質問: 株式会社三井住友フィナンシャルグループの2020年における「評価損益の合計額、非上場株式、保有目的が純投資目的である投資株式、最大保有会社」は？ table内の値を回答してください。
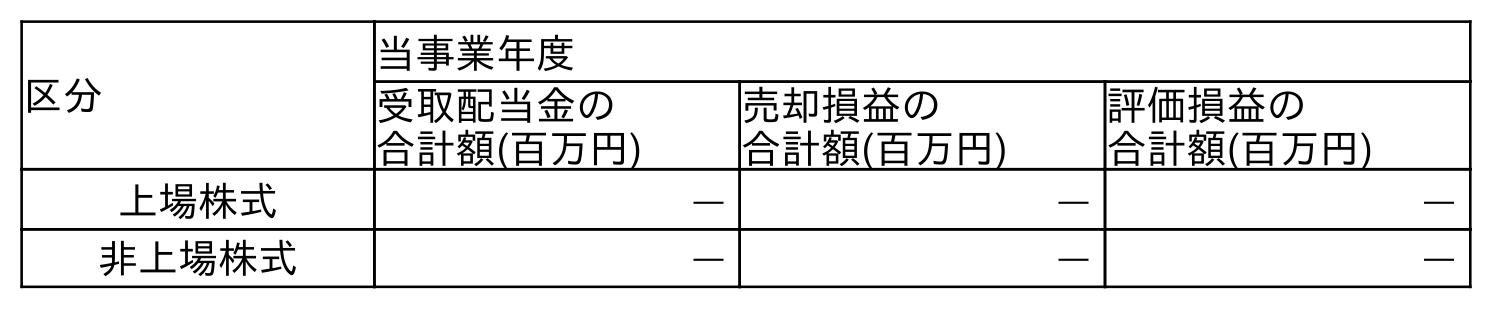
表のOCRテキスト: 区分 当事業年度 受取配当金の 合計額(百万円) 売却損益の 合計額(百万円) 評価損益の 合計額(百万円) 上場株式 ― ― ― 非上場株式 ― ― ―
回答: ―